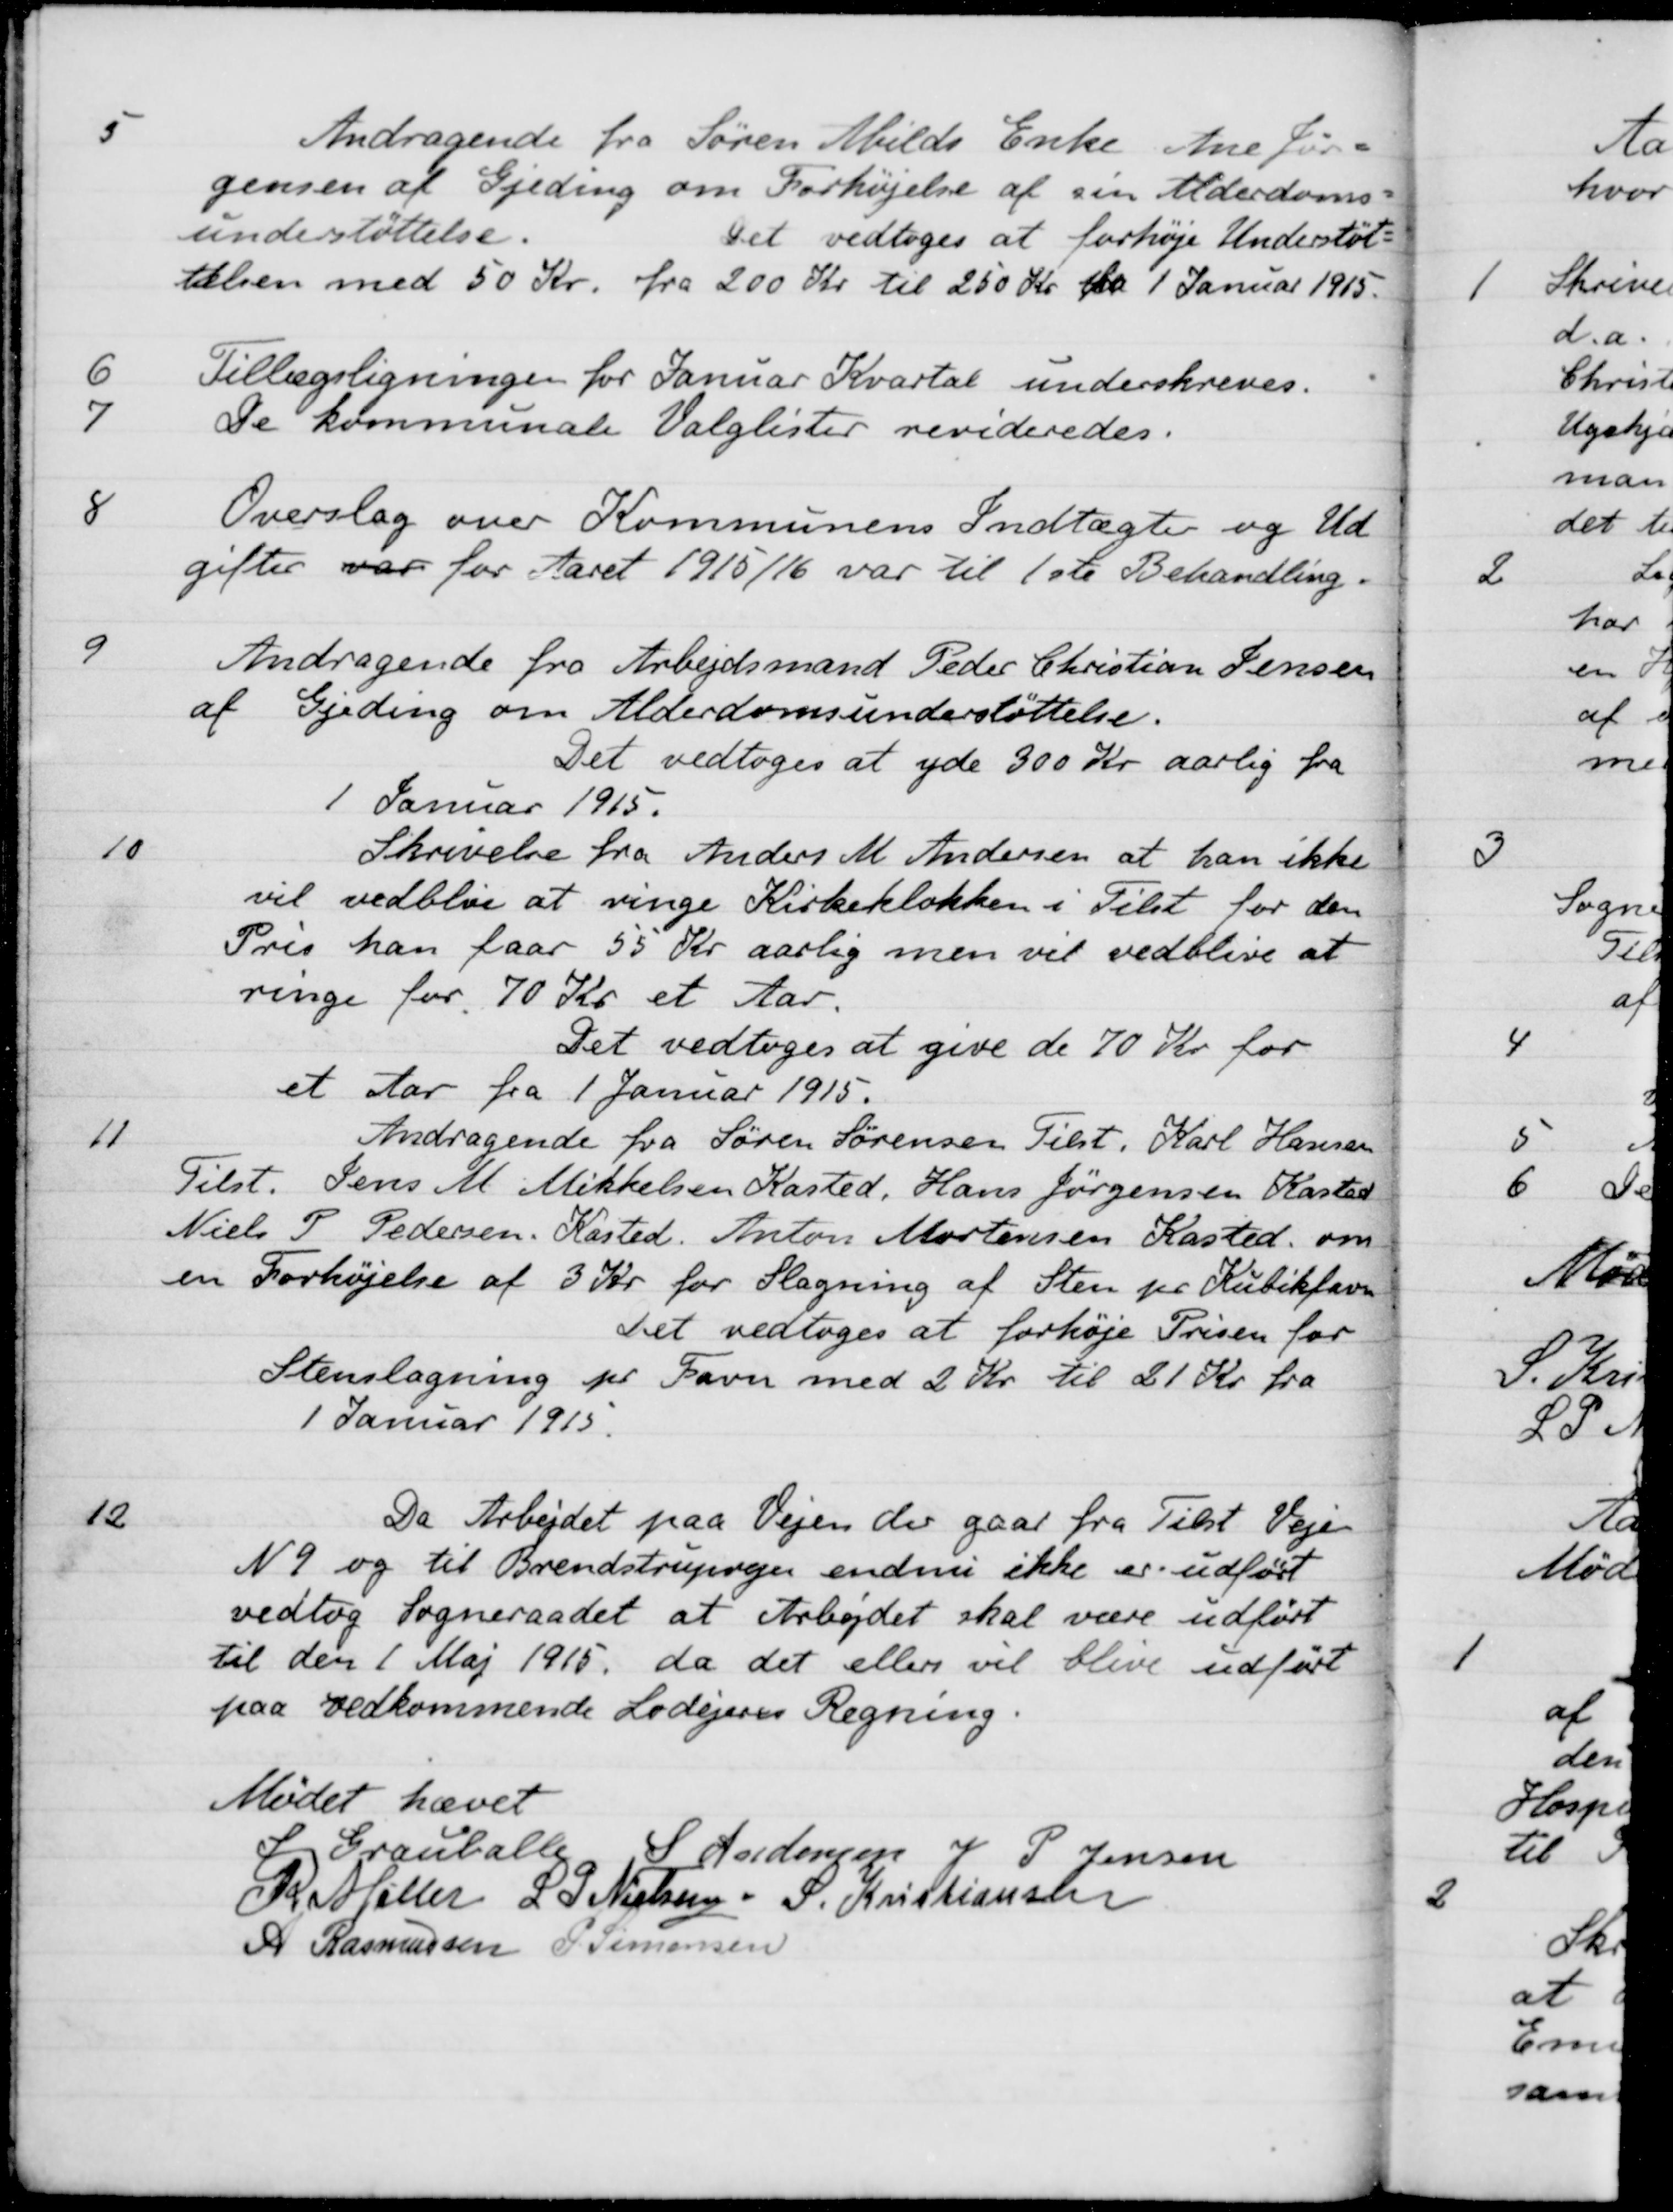
Transskription:
5
Andragende fra Søren Abilds Enke Ane Jør-
gensen af Gjeding om Forhøjelse af sin Alderdoms-
understøttelse.
Det vedtoges at forhøje Understøt-
ielsen med 50 Kr. fra 200 Kr til 250 Kr fra 1 Januar 1915.
6
Tillægsligningen for Januar Kvartal underskreves.
7
De kommunale Valglister revideredes.
8
Overslag over Kommunens Indtægter og Ud
gifter var for Aaret 1915/16 var til 1ste Behandling.
9
Andragende fra Arbejdsmand Peder Christian Jensen
af Gjeding om Alderdomsunderstøttelse.
Det vedtoges at yde 300 Kr aarlig fra
1 Januar 1915.
10
Skrivelse fra Anders M Andersen at han ikke
vil vedblive at ringe Kirkeklokken i Tilst for den
Pris han faar 55 Kr aarlig men vil vedblive at
ringe for 70 Kr et Aar.
Det vedtoges at give de 70 Kr for
et Aar fra 1 Januar 1915.
11
Andragende fra Søren Sørensen Tilst, Karl Hansen
Tilst. Jens M Mikkelsen Kasted, Hans Jørgensen Kasted
Niels P Pedersen, Kasted, Anton Mortensen Kasted om
en Forhøjelse af 3 Kr for Slagning af Sten pr. Kubikfavn
Det vedtoges at forhøje Prisen for
Stenslagning pr Favn med 2 Kr til 21 Kr. fra
1 Januar 1915.
12
Da Arbejdet paa Vejen der gaar fra Tilst Vejen
N 9 og til Brendstrupvejen endnu ikke er udført
vedtog Sogneraadet at Arbejdet skal være udført
til den 1 Maj 1915, da det eller vil blive udført
paa vedkommende Lodejeres Regning.
Mødet hævet
S Grauballe
S Andersen
J P Jensen
R Møller
L. S. Nielsen
S. Kristiansen
A Rasmussen
P. Simonsen